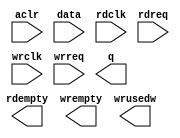
module fifo_181x128a (
	aclr,
	data,
	rdclk,
	rdreq,
	wrclk,
	wrreq,
	q,
	rdempty,
	wrempty,
	wrusedw);
	input	  aclr;
	input	[180:0]  data;
	input	  rdclk;
	input	  rdreq;
	input	  wrclk;
	input	  wrreq;
	output	[180:0]  q;
	output	  rdempty;
	output	  wrempty;
	output	[6:0]  wrusedw;
`ifndef ALTERA_RESERVED_QIS
// synopsys translate_off
`endif
	tri0	  aclr;
`ifndef ALTERA_RESERVED_QIS
// synopsys translate_on
`endif
endmodule